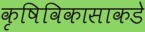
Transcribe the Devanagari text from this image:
कृषिविकासाकडे